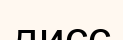
дисс